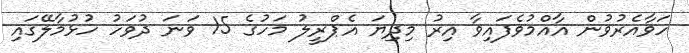
ހަވާއެރުވުން އާއްމުވެފައިވާ އިރު މިދިޔަ އެޕްރީލު މަހުގެ 15 ވަނަ ދުވަހު ހުޅުމާލޭގައި